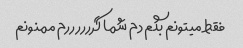
فقط میتونم بگم دم شما گررررررم ممنونم